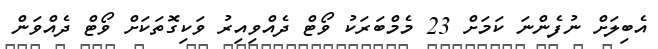
އެބިލަށް ނުފެންނަ ކަމަށް 23 މެމްބަރަކު ވޯޓް ދެއްވިއިރު ވަކިގޮތަކަށް ވޯޓް ދެއްވަން